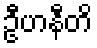
ဦဟနီတိ